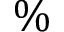
\%